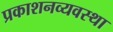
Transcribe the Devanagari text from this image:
प्रकाशनव्यवस्था